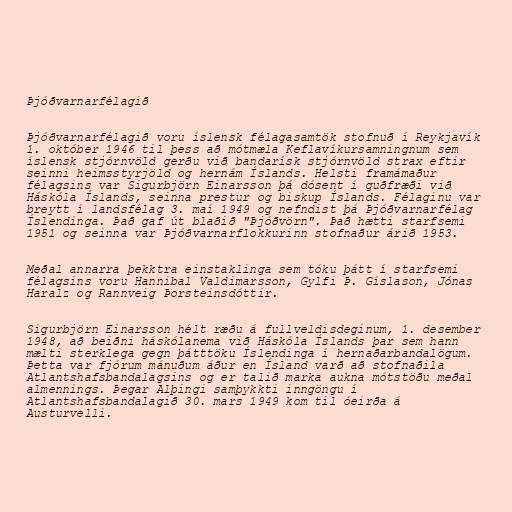
Þjóðvarnarfélagið

Þjóðvarnarfélagið voru íslensk félagasamtök stofnuð í Reykjavík
1. október 1946 til þess að mótmæla Keflavíkursamningnum sem
íslensk stjórnvöld gerðu við bandarísk stjórnvöld strax eftir
seinni heimsstyrjöld og hernám Íslands. Helsti framámaður
félagsins var Sigurbjörn Einarsson þá dósent í guðfræði við
Háskóla Íslands, seinna prestur og biskup Íslands. Félaginu var
breytt í landsfélag 3. maí 1949 og nefndist þá Þjóðvarnarfélag
Íslendinga. Það gaf út blaðið "Þjóðvörn". Það hætti starfsemi
1951 og seinna var Þjóðvarnarflokkurinn stofnaður árið 1953.

Meðal annarra þekktra einstaklinga sem tóku þátt í starfsemi
félagsins voru Hannibal Valdimarsson, Gylfi Þ. Gíslason, Jónas
Haralz og Rannveig Þorsteinsdóttir.

Sigurbjörn Einarsson hélt ræðu á fullveldisdeginum, 1. desember
1948, að beiðni háskólanema við Háskóla Íslands þar sem hann
mælti sterklega gegn þátttöku Íslendinga í hernaðarbandalögum.
Þetta var fjórum mánuðum áður en Ísland varð að stofnaðila
Atlantshafsbandalagsins og er talið marka aukna mótstöðu meðal
almennings. Þegar Alþingi samþykkti inngöngu í
Atlantshafsbandalagið 30. mars 1949 kom til óeirða á
Austurvelli.